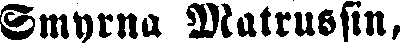
Smyrna Matrussin,